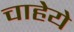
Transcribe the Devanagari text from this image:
चाहेये